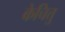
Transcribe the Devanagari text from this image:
केचित्तु